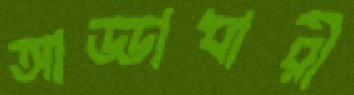
আড্ডাধারী